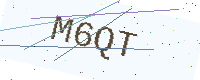
Text: M6QT